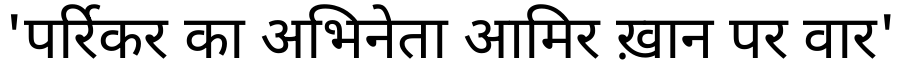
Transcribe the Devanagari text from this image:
'पर्रिकर का अभिनेता आमिर ख़ान पर वार'